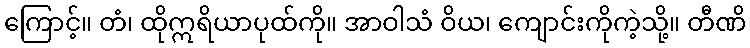
ကြောင့်။ တံ၊ ထိုဣရိယာပုထ်ကို။ အာဝါသံ ဝိယ၊ ကျောင်းကိုကဲ့သို့။ တီဏိ